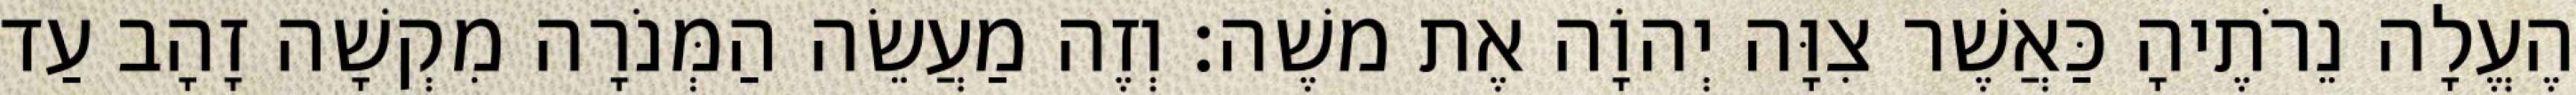
הֶעֱלָה נֵרֹתֶיהָ כַּאֲשֶׁר צִוָּה יְהוָֹה אֶת משֶׁה׃ וְזֶה מַעֲשֵׂה הַמְּנֹרָה מִקְשָׁה זָהָב עַד